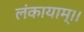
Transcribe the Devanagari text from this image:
लंकायाम्।।